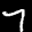
Label: 7